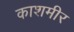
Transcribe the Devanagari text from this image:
काशमीर